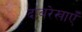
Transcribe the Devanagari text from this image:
दाबरेखाएँ